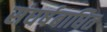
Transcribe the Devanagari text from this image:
संघर्षबाधित